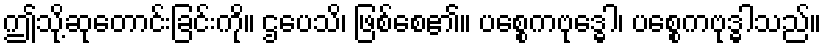
ဤသို့ဆုတောင်းခြင်းကို။ ဌပေသိ၊ ဖြစ်စေ၏။ ပစ္စေကဗုဒ္ဓေါ၊ ပစ္စေကဗုဒ္ဓါသည်။